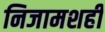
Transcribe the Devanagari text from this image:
निजामशही